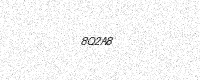
Text: 8Q2A8